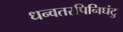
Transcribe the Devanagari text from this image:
धन्वतरपिनिघंटु